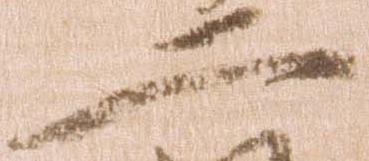
二